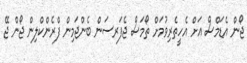
ޖޯން އެޑަމްސް އަށް އެހީތެރިވުމަށް ތޯމަސް ޖެފަރސަން ބެންޖަމިން ފްރެންކްލިން ޖޯން ޖޭ